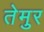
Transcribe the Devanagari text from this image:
तेमुर